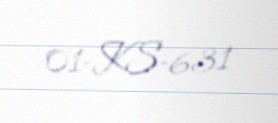
01-KS-631